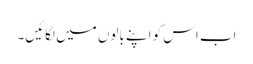
اب اس کو اپنے بالوں میں لگائیں۔